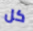
كل